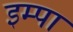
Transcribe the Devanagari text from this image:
इम्पा